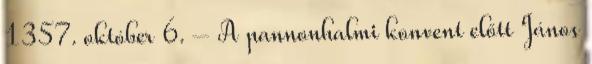
1357. október 6. – A pannonhalmi konvent előtt János